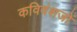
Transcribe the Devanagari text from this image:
कविवंशजों